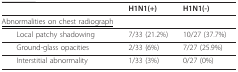
<table><thead><tr><td></td><td><b>H1N1(+)</b></td><td><b>H1N1(-)</b></td></tr></thead><tbody><tr><td><underline>Abnormalities on chest radiograph</underline></td><td></td><td></td></tr><tr><td> Local patchy shadowing</td><td>7/33 (21.2%)</td><td>10/27 (37.7%)</td></tr><tr><td> Ground-glass opacities</td><td>2/33 (6%)</td><td>7/27 (25.9%)</td></tr><tr><td> Interstitial abnormality</td><td>1/33 (3%)</td><td>0/27 (0%)</td></tr></tbody></table>